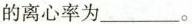
的离心率为___。